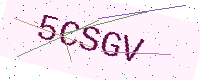
Text: 5CSGV